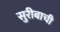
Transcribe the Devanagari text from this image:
सुरीबाची